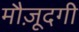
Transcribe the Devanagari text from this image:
मौज़ूदगी